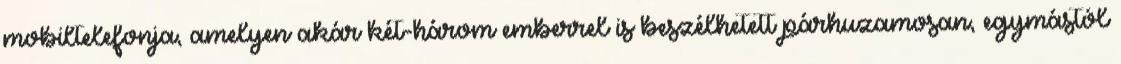
mobil­tele­fonja, amelyen akár két-három emberrel is beszélhetett párhuza­mo­san, egymástól